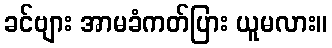
ခင်ဗျား အာမခံကတ်ပြား ယူမလား။